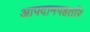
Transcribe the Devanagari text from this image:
आपदामपहर्तारं